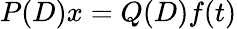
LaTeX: P(D)x=Q(D)f(t)